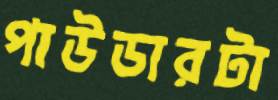
পাউডারটা